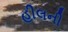
હીલની